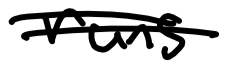
Text: runs
Cross-out: mix
Writing tool: digital_black